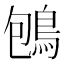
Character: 𪀀